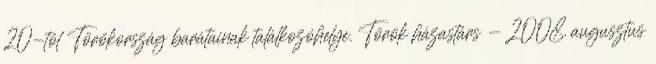
20-tól Törökország barátainak találkozóhelye. Török házastárs - 2008. augusztus